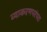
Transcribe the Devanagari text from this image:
व्याकरणपरंपरा